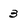
Character: 3